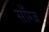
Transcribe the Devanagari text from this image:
साँग्ज